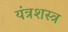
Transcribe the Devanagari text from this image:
यंत्रशस्त्र